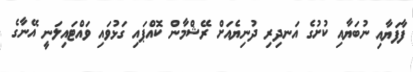
ފާފަޔާއި ނުބަޔާއި ކުށުގެ އަނދިރި ދުނިޔެއަށް ރޭޝްމާން ކޮއްޕައި ގަޅުވައި ވައްޓައިލަނީ އޭނާގެ